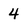
Character: 4